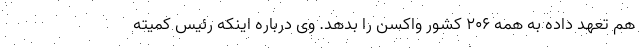
هم تعهد داده به همه ۲۰۶ کشور واکسن را بدهد. وی درباره اینکه رئیس کمیته